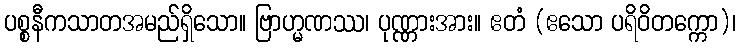
ပစ္စနီကသာတအမည်ရှိသော။ ဗြာဟ္မဏဿ၊ ပုဏ္ဏားအား။ ဧတံ (ဧသော ပရိဝိတက္ကော)၊